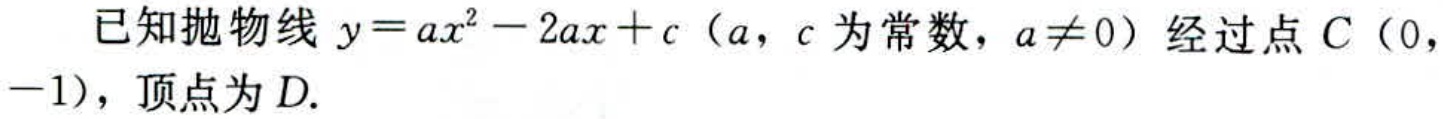
已知抛物线 \(y = ax^{2}-2ax + c\)（\(a\)，\(c\) 为常数，\(a\neq 0\)）经过点 \(C(0, -1)\)，顶点为 \(D\).